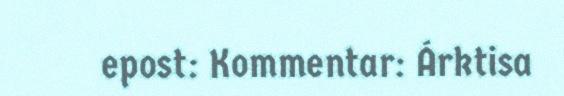
epost: Kommentar: Árktisa